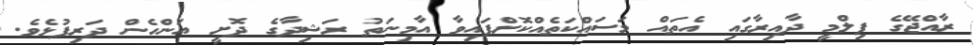
ރާއްޖޭގެ ފިލްމީ ދާއިރާގައި އެތައް މަސައްކަތެއްކޮށްފައިވާ އާމިނަތު ރަޝިދާގެ ދޮށީ އަންހެން ދަރިފުޅެވެ.